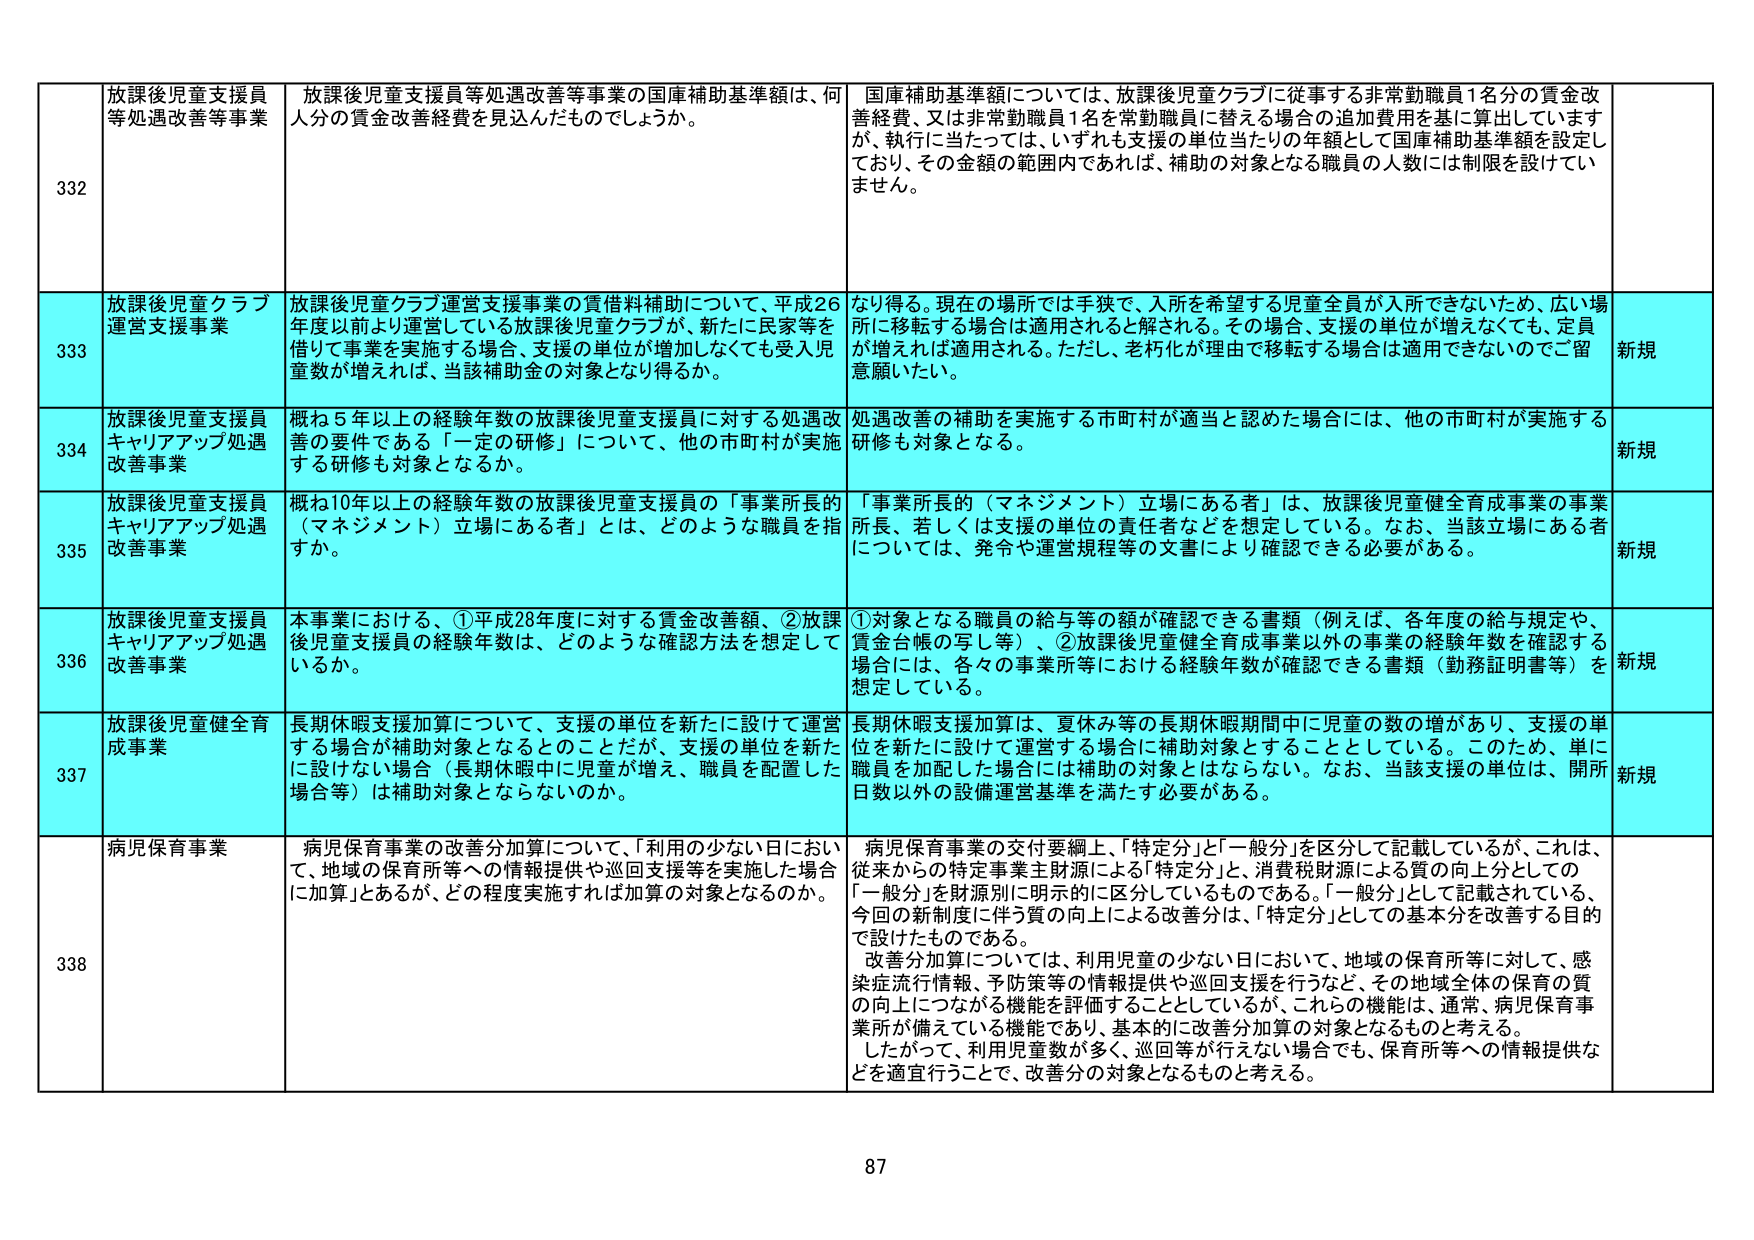
332 放課後児童支援員等処遇改善等事業 放課後児童支援員等処遇改善等事業の国庫補助基準額は、何人分の賃金改善経費を見込んだものでしょうか。 国庫補助基準額については、放課後児童クラブに従事する非常勤職員1名分の賃金改善経費、又は非常勤職員1名を常勤職員に替える場合の追加費用を基に算出していますが、執行に当たっては、いずれも支援の単位当たりの年額として国庫補助基準額を設定しており、その金額の範囲内であれば、補助の対象となる職員の人数には制限を設けていません。

333 放課後児童クラブ運営支援事業 放課後児童クラブ運営支援事業の賃借料補助について、平成26年度以前より運営している放課後児童クラブが、新たに民家等を借りて事業を実施する場合、支援の単位が増加しなくても受入児童数が増えれば、当該補助金の対象となり得るか。 なり得る。現在の場所では手狭で、入所を希望する児童全員が入所できないため、広い場所に移転する場合は適用されると解される。その場合、支援の単位が増えなくても、定員が増えれば適用される。ただし、老朽化が理由で移転する場合は適用できないのでご留意願いたい。 新規

334 放課後児童支援員キャリアアップ処遇改善事業 概ね5年以上の経験年数の放課後児童支援員に対する処遇改善の要件である「一定の研修」について、他の市町村が実施する研修も対象となるか。 処遇改善の補助を実施する市町村が適当と認めた場合には、他の市町村が実施する研修も対象となる。 新規

335 放課後児童支援員キャリアアップ処遇改善事業 概ね10年以上の経験年数の放課後児童支援員の「事業所長的（マネジメント）立場にある者」とは、どのような職員を指すか。 「事業所長的（マネジメント）立場にある者」は、放課後児童健全育成事業の事業所長、若しくは支援の単位の責任者などを想定している。なお、当該立場にある者については、発令や運営規程等の文書により確認できる必要がある。 新規

336 放課後児童支援員キャリアアップ処遇改善事業 本事業における、①平成28年度に対する賃金改善額、②放課後児童支援員の経験年数は、どのような確認方法を想定しているか。 ①対象となる職員の給与等の額が確認できる書類（例えば、各年度の給与規定や、賃金台帳の写し等）、②放課後児童健全育成事業以外の事業の経験年数を確認する場合に、各々の事業所等における経験年数が確認できる書類（勤務証明書等）を想定している。 新規

337 放課後児童健全育成事業 長期休暇支援加算について、支援の単位を新たに設けて運営する場合が補助対象となるとのことだが、支援の単位を新たに設けない場合（長期休暇中に児童が増え、職員を配置した場合等）は補助対象とならないのか。 長期休暇支援加算は、夏休み等の長期休暇期間中に児童の数の増があり、支援の単位を新たに設けて運営する場合に補助対象とすることとしている。このため、単に職員を加配した場合には補助の対象とはならない。なお、当該支援の単位は、開所日数以外の設備運営基準を満たす必要がある。 新規

338 病児保育事業 病児保育事業の改善分加算について、「利用の少ない日において、地域の保育所等への情報提供や巡回支援等を実施した場合に加算」とあるが、どの程度実施すれば加算の対象となるのか。 病児保育事業の交付要綱上、「特定分」と「一般分」を区分して記載しているが、これは、従来からの特定事業主財源による「特定分」と、消費税財源による質の向上分としての「一般分」を財源別に明示的に区分しているものである。「一般分」として記載されている、今回の新制度に伴う質の向上による改善分は、「特定分」としての基本分を改善する目的で設けたものである。 改善分加算については、利用児童の少ない日において、地域の保育所等に対して、感染症流行情報、予防策等の情報提供や巡回支援を行うなど、その地域全体の保育の質の向上につながる機能を評価することとしているが、これらの機能は、通常、病児保育事業所が備えている機能であり、基本的に改善分加算の対象となるものと考える。 したがって、利用児童数が多く、巡回等が行えない場合でも、保育所等への情報提供などを適宜行うことで、改善分の対象となるものと考える。

87